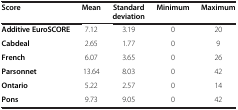
<table><thead><tr><td><b>Score</b></td><td><b>Mean</b></td><td><b>Standard deviation</b></td><td><b>Minimum</b></td><td><b>Maximum</b></td></tr></thead><tbody><tr><td><b>Additive EuroSCORE</b></td><td>7.12</td><td>3.19</td><td>0</td><td>20</td></tr><tr><td><b>Cabdeal</b></td><td>2.65</td><td>1.77</td><td>0</td><td>9</td></tr><tr><td><b>French</b></td><td>6.07</td><td>3.65</td><td>0</td><td>26</td></tr><tr><td><b>Parsonnet</b></td><td>13.64</td><td>8.03</td><td>0</td><td>42</td></tr><tr><td><b>Ontario</b></td><td>5.22</td><td>2.57</td><td>0</td><td>14</td></tr><tr><td><b>Pons</b></td><td>9.73</td><td>9.05</td><td>0</td><td>42</td></tr></tbody></table>